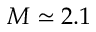
M \simeq 2 . 1